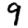
Digit: 9